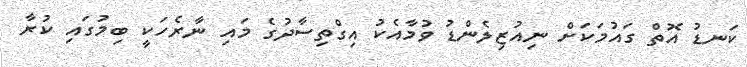
ކަނޑު އޮތް ގައުމަކަށް ނިއުޒިލެންޑު ވުމާއެކު އިގްތިސާދުގެ މައި ނާރެހަކީ ބިމުގައި ކުރާ